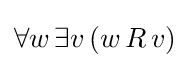
\forall w\,\exists v\,(w\,R\,v)